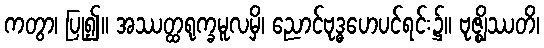
ကတွာ၊ ပြု၍။ အဿတ္ထရုက္ခမူလမှိ၊ ညောင်ဗုဒ္ဓဟေပင်ရင်း၌။ ဗုဇ္ဈိဿတိ၊